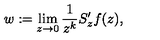
w : = \lim _ { z \to 0 } \frac { 1 } { z ^ { k } } S _ { z } ^ { \prime } f ( z ) ,